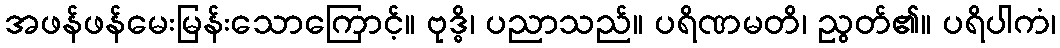
အဖန်ဖန်မေးမြန်းသောကြောင့်။ ဗုဒ္ဓိ၊ ပညာသည်။ ပရိဏမတိ၊ ညွတ်၏။ ပရိပါကံ၊